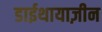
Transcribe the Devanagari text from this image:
डाईथायाज़ीन